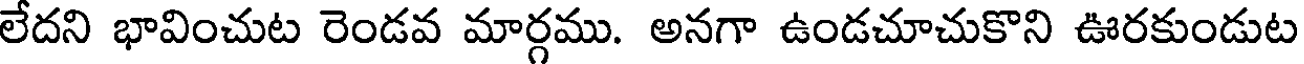
లేదని భావించుట రెండవ మార్గము. అనగా ఉండచూచుకొని ఊరకుండుట